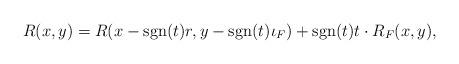
LaTeX: \begin{align*}R(x,y)=R(x-\mathrm{sgn}(t)r,y-\mathrm{sgn}(t)\iota_F)+\mathrm{sgn}(t)t\cdot R_F(x,y),\end{align*}